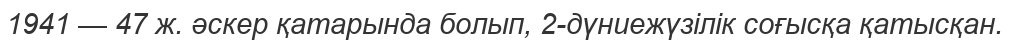
1941 — 47 ж. әскер қатарында болып, 2-дүниежүзілік соғысқа қатысқан.